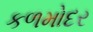
કળમોદર